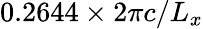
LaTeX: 0.2644\times 2\pi c/L_{x}